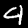
Label: 4